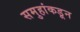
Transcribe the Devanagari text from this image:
समुहांकडून